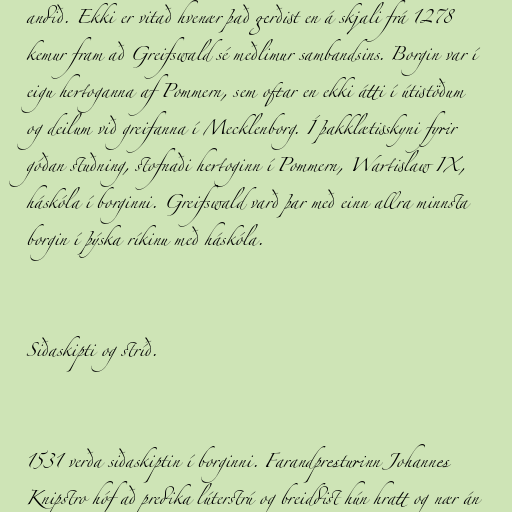
andið. Ekki er vitað hvenær það gerðist en á skjali frá 1278
kemur fram að Greifswald sé meðlimur sambandsins. Borgin var í
eigu hertoganna af Pommern, sem oftar en ekki átti í útistöðum
og deilum við greifanna í Mecklenborg. Í þakklætisskyni fyrir
góðan stuðning, stofnaði hertoginn í Pommern, Wartislaw IX,
háskóla í borginni. Greifswald varð þar með einn allra minnsta
borgin í þýska ríkinu með háskóla.

Siðaskipti og stríð.

1531 verða siðaskiptin í borginni. Farandpresturinn Johannes
Knipstro hóf að predika lúterstrú og breiddist hún hratt og nær án